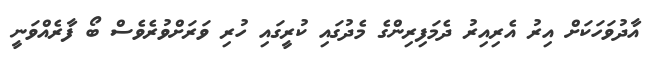
އާދުވަހަކަށް އިރު އެރިއިރު ދެމަފިރިންގެ މެދުގައި ކުރީގައި ހުރި ވަރަށްވުރެވެސް ބޯ ފާރެއްވަނީ